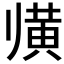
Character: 𲎕